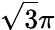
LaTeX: \sqrt{3}\pi